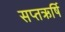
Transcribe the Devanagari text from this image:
सप्तऋर्षि